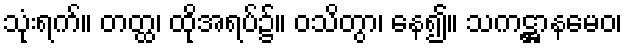
သုံးရက်။ တတ္ထ၊ ထိုအရပ်၌။ ဝသိတွာ၊ နေ၍။ သကဋ္ဌာနမေဝ၊